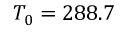
T _ { 0 } = 2 8 8 . 7